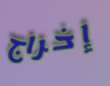
إخراج